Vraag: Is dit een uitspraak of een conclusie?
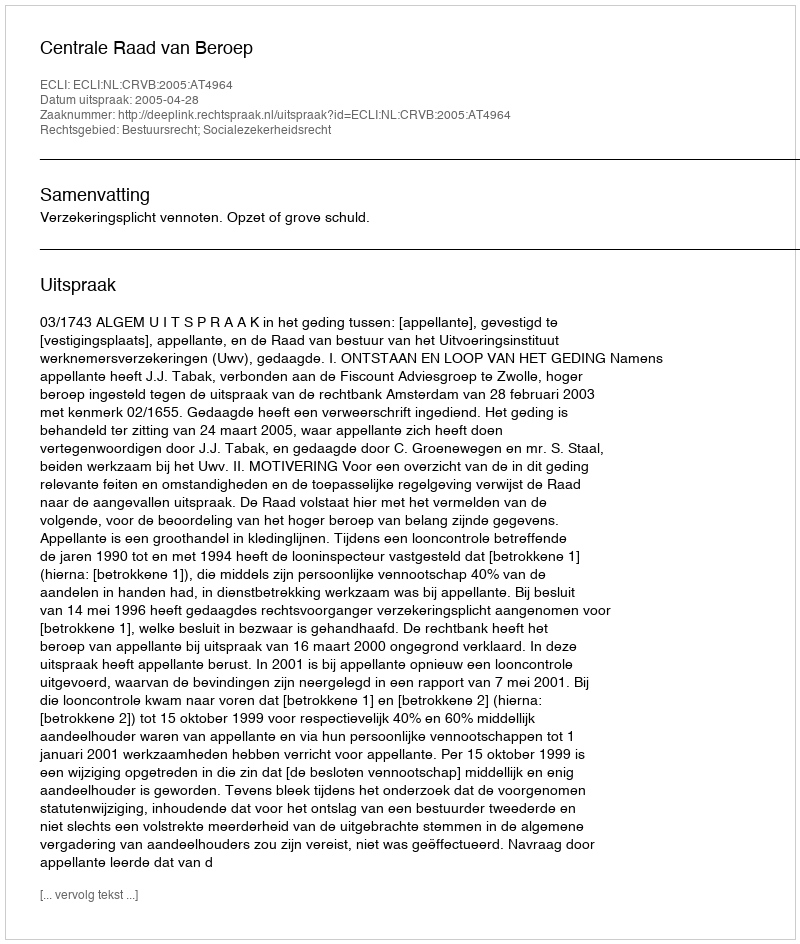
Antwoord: Uitspraak